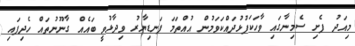
މިއަދު ފެށި ސެމިނާގައި ވާހަކަފުޅުދައްކަވަމުން އުއްތަމަ ފަނޑިޔާރު ވިދާޅުވީ ބައެއް ގާނޫނުތައް ހެދިފައި